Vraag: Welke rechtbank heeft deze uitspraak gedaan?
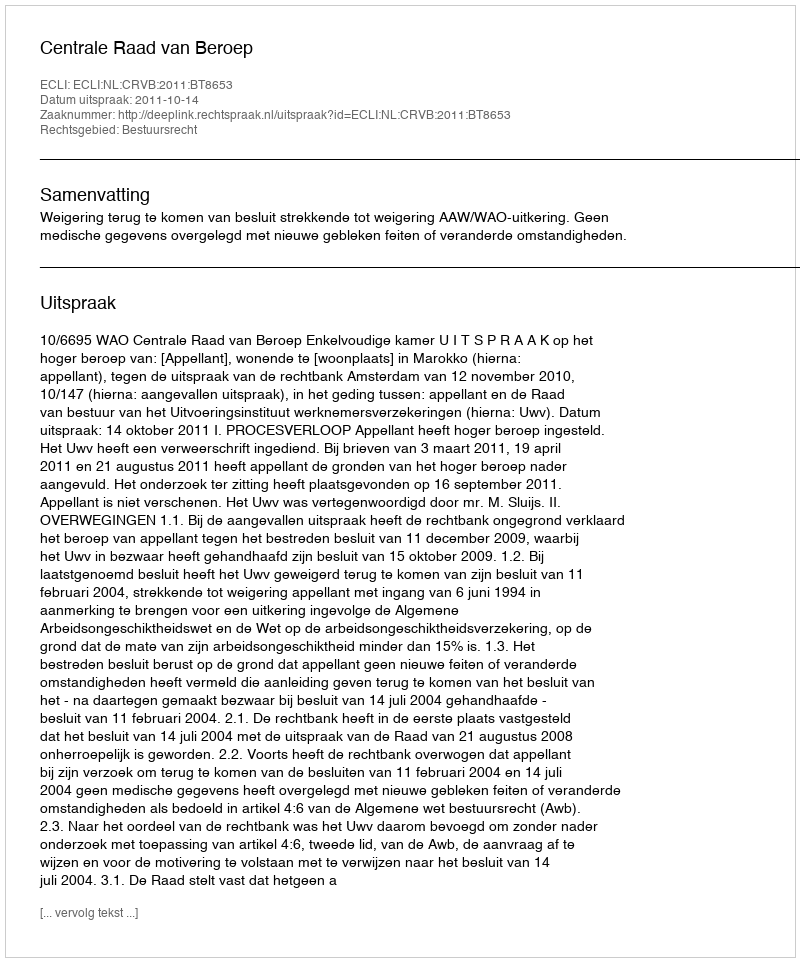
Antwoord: Centrale Raad van Beroep